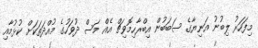
މިފަހަރު ލިބުނު އަނިޔާގެ ސަބަބުން އިބްރާހިމޮވިޗް އެއް މަސް ދުވަހުގެ މުއްދަތަކަށް ކުޅުމާއި